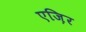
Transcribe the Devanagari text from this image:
एज़िर